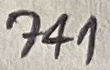
Text: 741